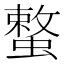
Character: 𮔳